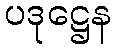
ပဒုဋ္ဌေန